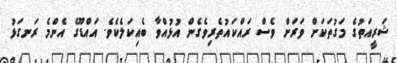
ޝަރީއަތުގެ މަގުތަކަށް ވަރަށް ވެސް ރައްކައުތެރިވެގެން އުޅުއްވާ ބެއިކަލެކެވެ. އައްޑޫގެ އެންމެ ރަނގަޅު